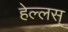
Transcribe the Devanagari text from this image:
हेल्लस्